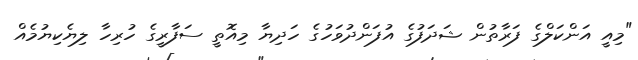
"މިއީ އަންކަލްގެ ފަރާތުން ޝަދަފުގެ އުފަންދުވަހުގެ ހަދިޔާ މިއޮތީ ސަފާރީގެ ހުރިހާ ލިޔެކިޔުމެއް